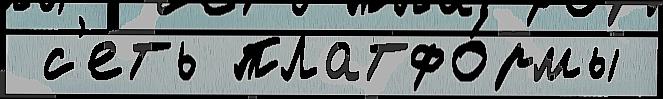
 с'еть платфо́рмы